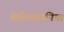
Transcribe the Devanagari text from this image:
कैलिफोरनिया